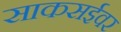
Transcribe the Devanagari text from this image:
साकसईवर